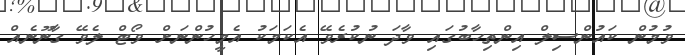
ވުމުން ކައުންސިލް އިންތިހާބުގައި ވާދަ ނުކުރެވޭ އެކަމަކު އެމީހުންނަށް ވޯޓް ލެވޭ ގާނޫނެއް